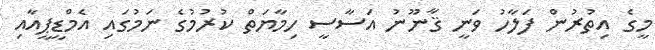
މީގެ އިތުރުން ފަލާހު ވަނީ ޤާނޫނު އަސާސީ ހިމާޔަތް ކުރުމުގެ ނަމުގައި އެމްޑީޕީއާއި